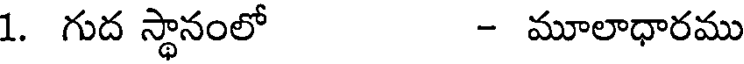
1. గుద స్థానంలో - మూలాధారము